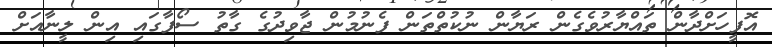
އޮފީހަށްދާން ތައްޔާރުވެގެން ރަޔާން ނުކުތްތަން ފެނުމުން ޖާވިދުގެ ގާތު ސޯފާގައި އިން ލީނާއަށް